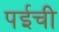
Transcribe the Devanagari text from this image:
पईची